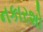
નકારશો